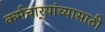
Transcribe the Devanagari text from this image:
कर्मचार्‍यांच्यासाठी